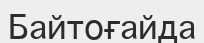
Байтоғайда